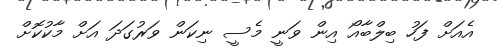
އެއަށް ފަހު ބިލްބާއޯ އިން ވަނީ މެސީ ނިކަން ވަރުގަދަ އަށް މާކުކޮށް